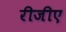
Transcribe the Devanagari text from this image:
रीजीए